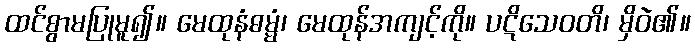
ထင်စွာမပြုမူ၍။ မေထုနံဓမ္မံ၊ မေထုန်အကျင့်ကို။ ပဋိသေဝတိ၊ မှိဝဲ၏။